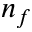
n _ { f }